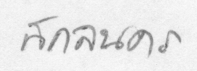
สกลนคร